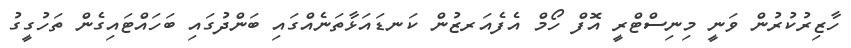
ހާޒިރުކުރުުން ވަނީ މިނިސްޓްރީ އޮފް ހޯމް އެފެއަރޒުން ކަނޑައަޅާތަނެއްގައި ބަންދުގައި ބަހައްޓައިގެން ތަހުގީގު